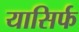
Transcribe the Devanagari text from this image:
यासिर्फ